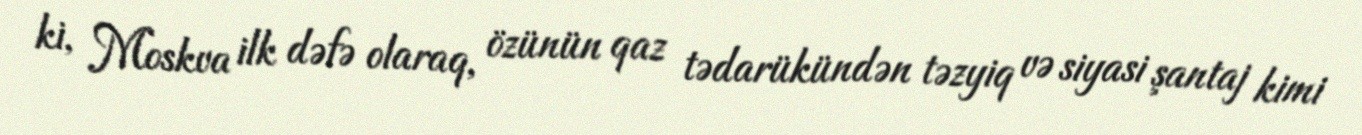
ki, Moskva ilk dəfə olaraq, özünün qaz tədarükündən təzyiq və siyasi şantaj kimi